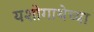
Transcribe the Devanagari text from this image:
यशोगाथेच्या